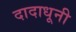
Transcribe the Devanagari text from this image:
दादाधूनी